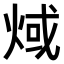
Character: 𤊨